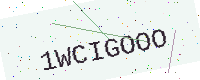
Text: 1WCIGOOO